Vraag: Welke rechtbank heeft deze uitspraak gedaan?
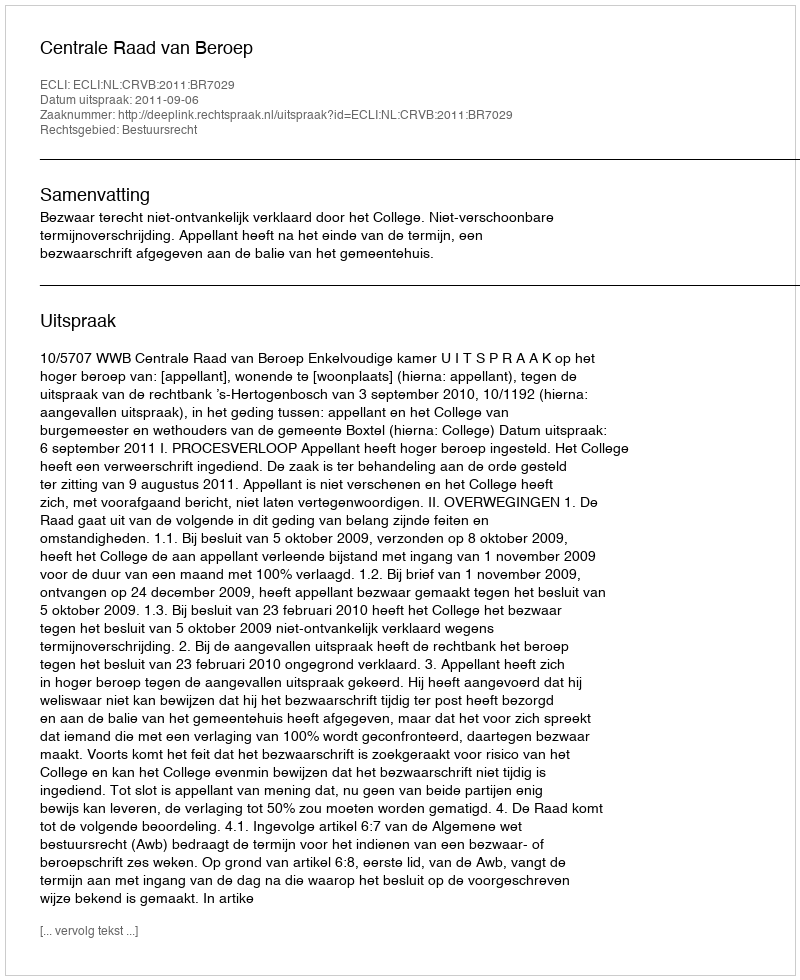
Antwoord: Centrale Raad van Beroep